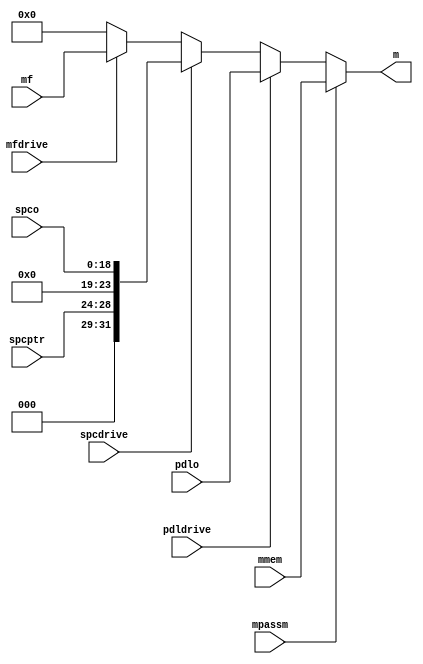
// MLATCH --- M MEMORY LATCH
//
// ---!!! Add description.
//
// History:
//
//   (20YY-MM-DD HH:mm:ss BRAD) Converted to Verilog; merge of PLATCH,
//   SPCLCH.
//	???: Nets added.
//	???: Nets removed.
//   (1978-01-23 12:33:10 TK) Initial.

`timescale 1ns/1ps
`default_nettype none

module MLATCH(/*AUTOARG*/
   // Outputs
   m,
   // Inputs
   spco, mf, mmem, pdlo, spcptr, mfdrive, mpassm, pdldrive, spcdrive
   );

   input [18:0] spco;
   input [31:0] mf;
   input [31:0] mmem;
   input [31:0] pdlo;
   input [4:0] spcptr;
   input mfdrive;
   input mpassm;
   input pdldrive;
   input spcdrive;
   output [31:0] m;

   ////////////////////////////////////////////////////////////////////////////////

   assign m = mpassm ? mmem :
	      pdldrive ? pdlo :
	      spcdrive ? {3'b0, spcptr, 5'b0, spco} :
	      mfdrive ? mf :
	      32'b0;

endmodule

`default_nettype wire

// Local Variables:
// verilog-library-directories: ("..")
// End: